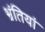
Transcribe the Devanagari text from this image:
भ्रंतियां